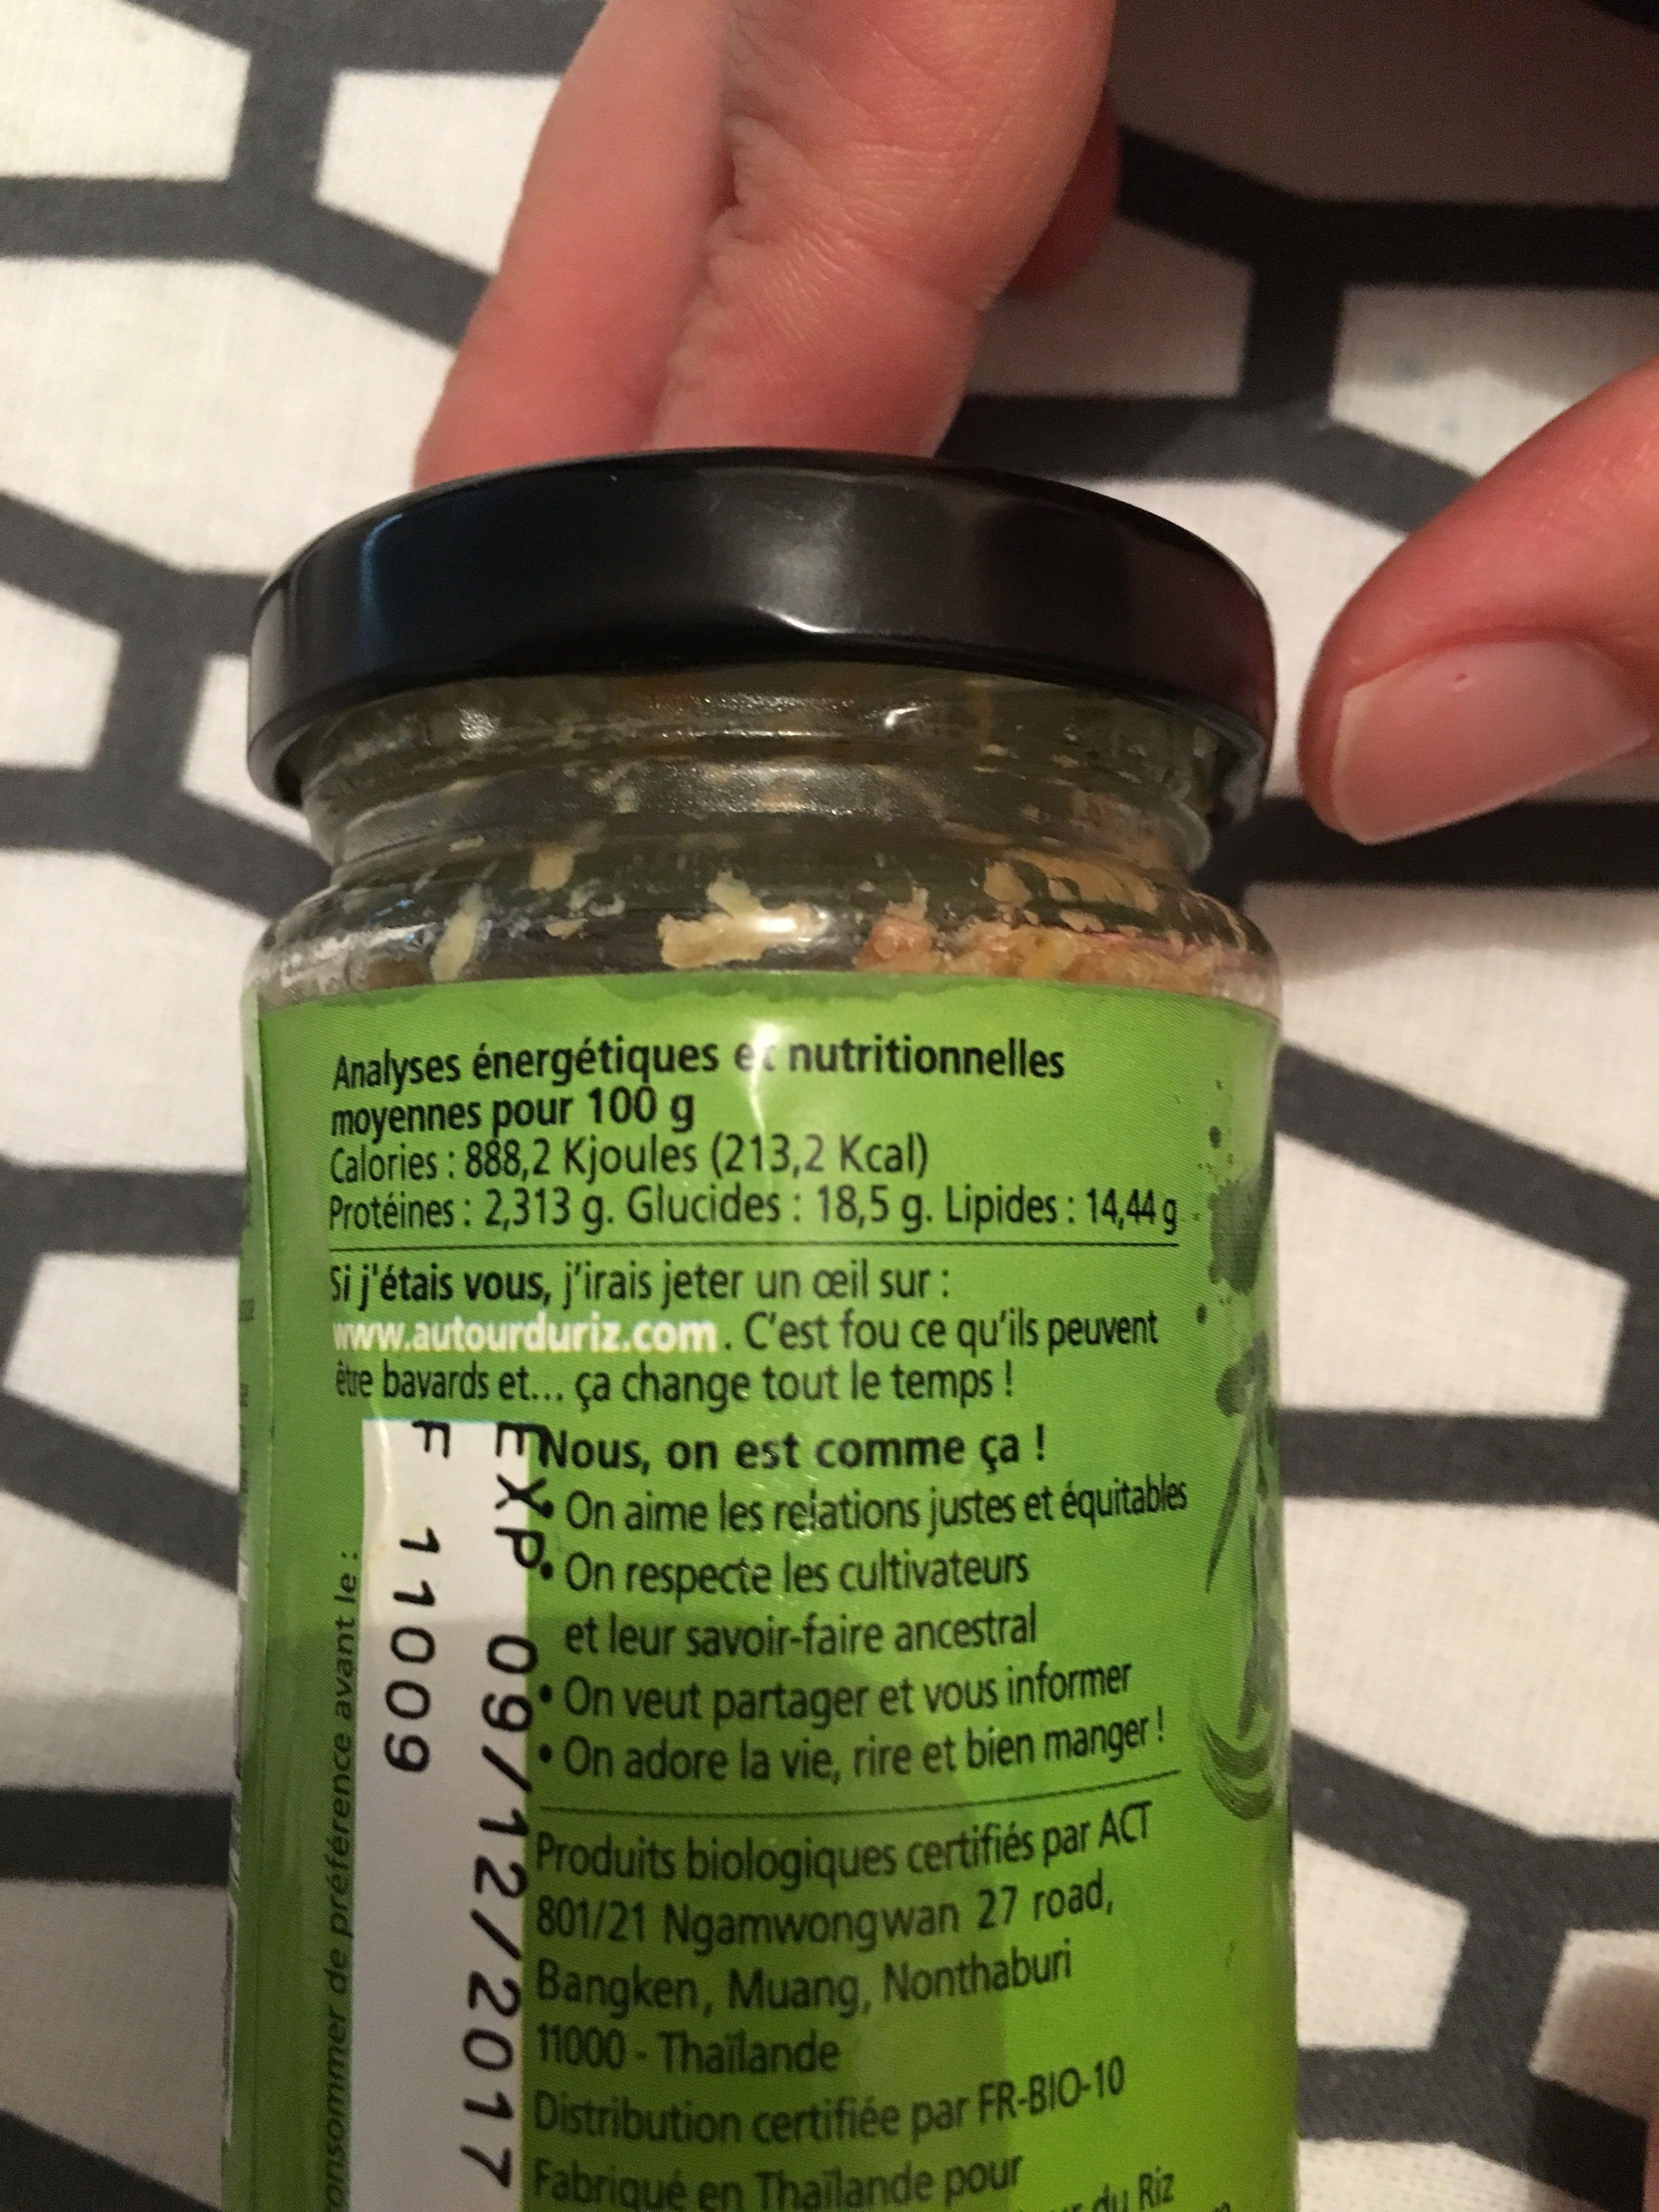
Analyses énergétiques e nutritionnelles
moyennes pour 100 g
Calories: 888,2 Kjoules (213,2 Kcal) Protéines: 2,313 g. Glucides: 18,5 g. Lipides: 14,44 g
Si j'étais vous, j'irais jeter un œil sur : www.autourduriz.com. C'est fou ce qu'ils peuvent être bavards et... ça change tout le temps! Nous,
on est comme ça ! On aime les relations justes et équitables On respecte les cultivateurs et leur savoir-faire ancestral On veut partager et vous informer On adore la vie, rire et bien manger!
consommer de préférence avant le :
11009
XP 09/12/2017
Produits biologiques certifiés par ACT 801/21 Ngamwongwan 27 road, Bangken, Muang, Nonthaburi
11000 - Thaïlande
Distribution certifiée par FR-BIO-10
Fabriqué en Thailande pour
rdu Riz